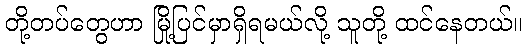
တို့တပ်တွေဟာ မြို့ပြင်မှာရှိရမယ်လို့ သူတို့ ထင်နေတယ်။